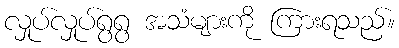
လှုပ်လှုပ်ရွရွ အသံများကို ကြားရသည်။